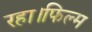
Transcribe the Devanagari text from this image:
रहा।फिल्म